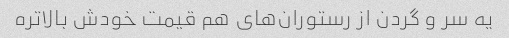
یه سر و گردن از رستوران‌های هم قیمت خودش بالاتره